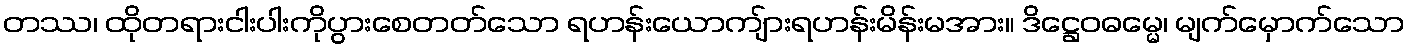
တဿ၊ ထိုတရားငါးပါးကိုပွားစေတတ်သော ရဟန်းယောကျ်ားရဟန်းမိန်းမအား။ ဒိဋ္ဌေဝဓမ္မေ၊ မျက်မှောက်သော